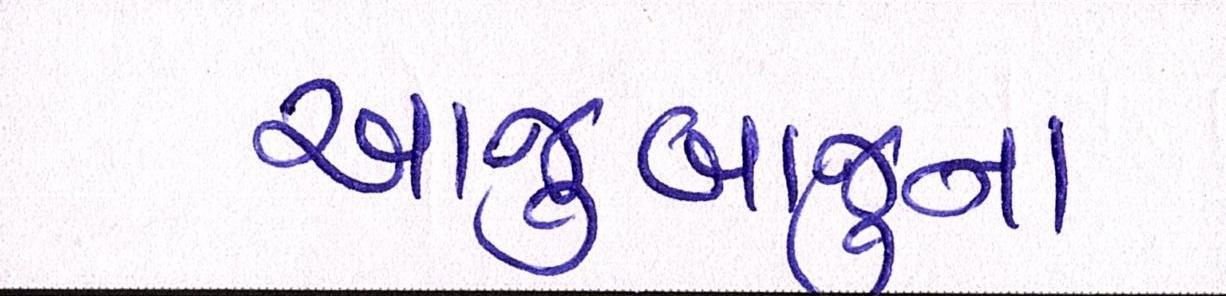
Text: આજુબાજુના